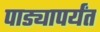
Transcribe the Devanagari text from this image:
पाड्यापर्यंत